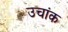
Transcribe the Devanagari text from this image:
उचांक